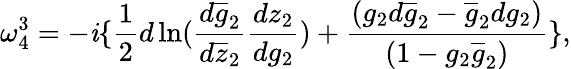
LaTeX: \omega_{4}^{3}=-\mathit{i}\{ \frac{{1}}{{2}}d\ln(\frac{{d\overline{{{{g}}}}_{2}}}{{d\overline{{{{z}}}}_{2}}}\frac{{dz_{2}}}{{dg_{2}}})+\frac{{(g_{2}d\overline{{{{g}}}}_{2}-\overline{{{{g}}}}_{2}dg_{2})}}{{(1-g_{2}\overline{{{{g}}}}_{2})}}\} ,